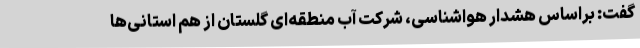
گفت: براساس هشدار هواشناسی، شرکت آب منطقه‌ای گلستان از هم استانی‌ها